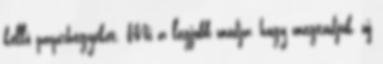
kellő papírhegyeket. Mi a legjobb módja, hogy megtudjuk, új